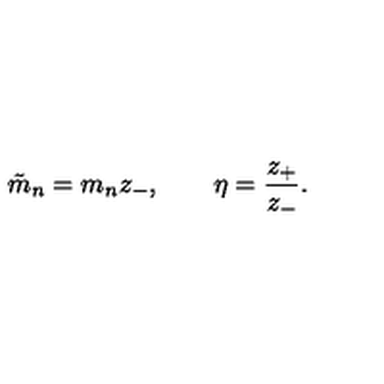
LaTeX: \tilde { m } _ { n } = m _ { n } z _ { - } , \quad \quad \eta = { \frac { z _ { + } } { z _ { - } } } .